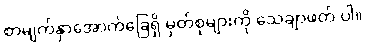
စာမျက်နှာအောက်ခြေရှိ မှတ်စုများကို သေချာဖတ် ပါ။